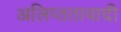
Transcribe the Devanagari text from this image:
अलिप्‍ततावादी